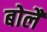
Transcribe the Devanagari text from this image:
बोलैं